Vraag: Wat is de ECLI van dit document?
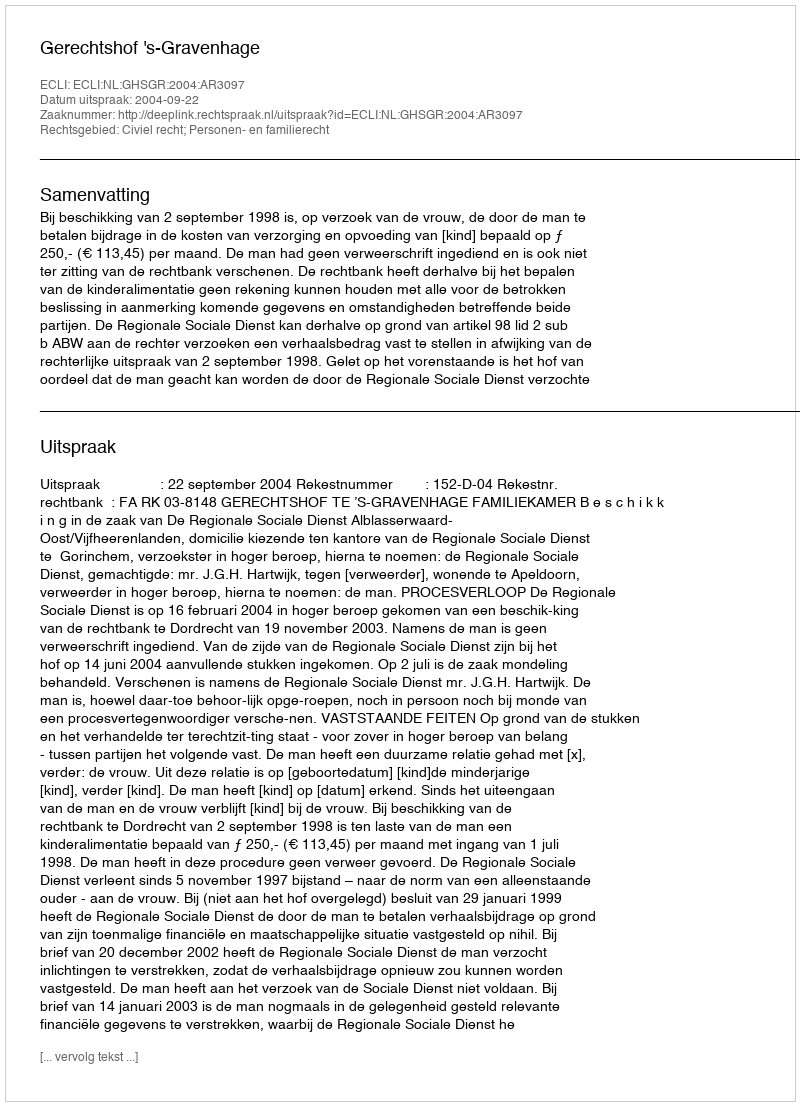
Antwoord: ECLI:NL:GHSGR:2004:AR3097